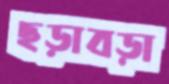
ছড়াবড়া